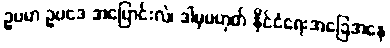
ဥပမာ ဥပဒေ အပြောင်းလဲ၊ ဒါမှမဟုတ် နိုင်ငံရေးအခြေအနေ